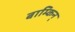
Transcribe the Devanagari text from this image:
बाम्किन्